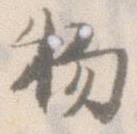
物